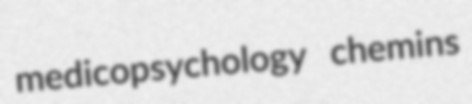
medicopsychology chemins